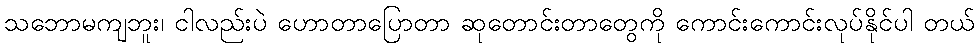
သဘောမကျဘူး၊ ငါလည်းပဲ ဟောတာပြောတာ ဆုတောင်းတာတွေကို ကောင်းကောင်းလုပ်နိုင်ပါ တယ်